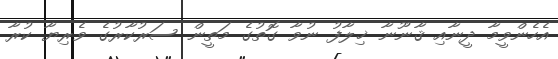
އެހެންވީމާ ދީނާއި ޤާނޫނާ ޚިލާފު ނުވާ ގޮތުގެ މަތީން ސަރުކާރުގެ ވެރިޔާ ކުރާ